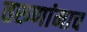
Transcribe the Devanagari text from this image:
तरुणांनाच